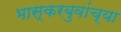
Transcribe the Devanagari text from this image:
भास्करबुवांच्या